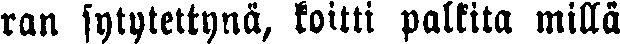
ran sytytettynä, koitti palkita millä